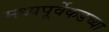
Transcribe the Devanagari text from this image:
मध्यपूर्वेकडच्या